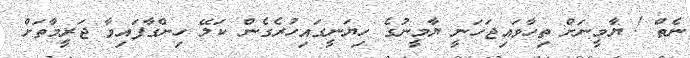
ނެތް ! ޔާމީނަށް ތިހާވައިޖަހަނީ ޔާމީނުގެ ހިޔަނީގައިހުރެގެން ކަލޭ ހިންގާފައިވާ ޖަރީމާތަށް